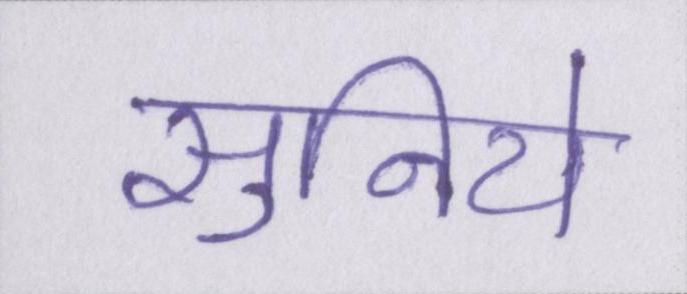
सुनिये